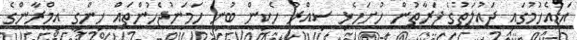
އަޑުއެހުމުގައި ދައުލަތުގެ ފަރާތުން ހުށަހެޅި ސިއްރު ހެކިން ބުނީ ހަމަނުޖެހުންތައް ހިންގީ އިމްރާންގެ